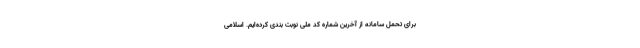
برای تحمل سامانه از آخرین شماره کد ملی نوبت بندی کرده‌ایم. اسلامی